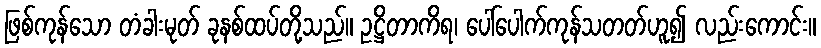
ဖြစ်ကုန်သော တံခါးမုတ် ခုနစ်ထပ်တို့သည်။ ဥဋ္ဌိတာကိရ၊ ပေါ်ပေါက်ကုန်သတတ်ဟူ၍ လည်းကောင်း။